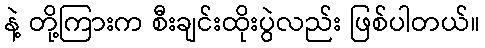
နဲ့ တို့ကြားက စီးချင်းထိုးပွဲလည်း ဖြစ်ပါတယ်။